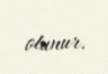
olunur.